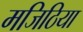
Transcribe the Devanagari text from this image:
मजिठिया